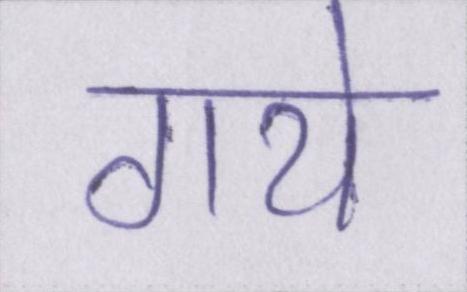
गये